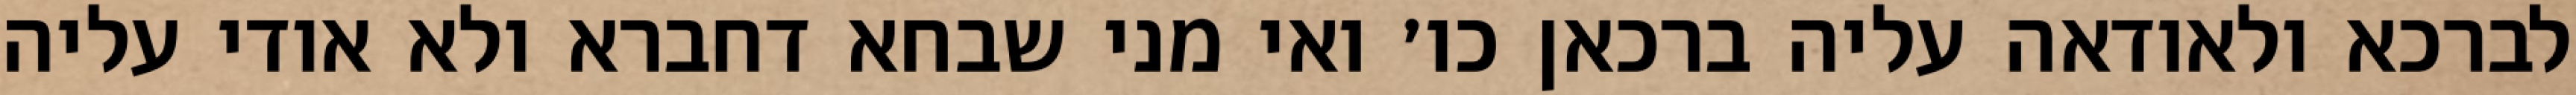
לברכא ולאודאה עליה ברכאן כו׳ ואי מני שבחא דחברא ולא אודי עליה